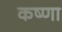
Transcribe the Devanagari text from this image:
कष्णा